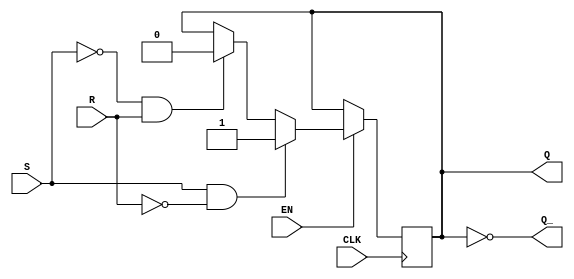
module Gated_SR_FF (
    input S,
    input R,
    input CLK,
    input EN,
    output reg Q,
    output reg Q_
);

always@(posedge CLK) begin
    if(EN == 1) begin
        if(S == 1 && R == 0)
            Q <= 1;
        else if(S == 0 && R == 1)
            Q <= 0;
        else if(S == 0 && R == 0)
            Q <= Q;
    end
end

assign Q_ = ~Q;

endmodule